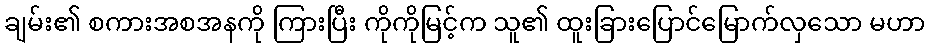
ချမ်း၏ စကားအစအနကို ကြားပြီး ကိုကိုမြင့်က သူ၏ ထူးခြားပြောင်မြောက်လှသော မဟာ